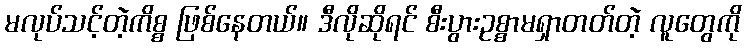
မလုပ်သင့်တဲ့ကိစ္စ ဖြစ်နေတယ်။ ဒီလိုဆိုရင် စီးပွားဥစ္စာမရှာတတ်တဲ့ လူတွေကို